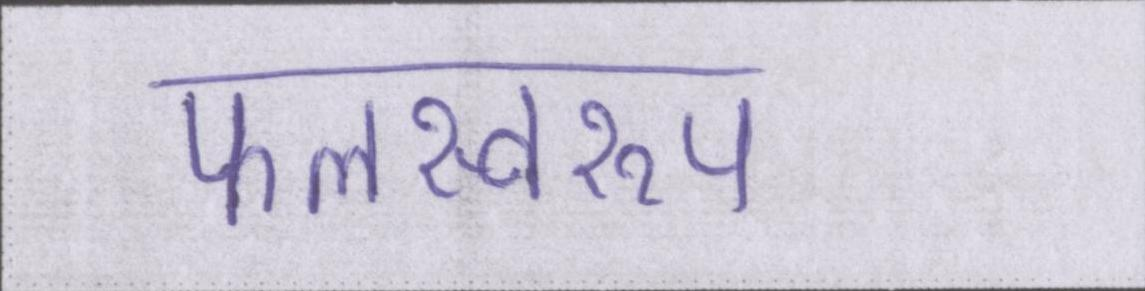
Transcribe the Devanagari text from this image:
फलस्वरूप